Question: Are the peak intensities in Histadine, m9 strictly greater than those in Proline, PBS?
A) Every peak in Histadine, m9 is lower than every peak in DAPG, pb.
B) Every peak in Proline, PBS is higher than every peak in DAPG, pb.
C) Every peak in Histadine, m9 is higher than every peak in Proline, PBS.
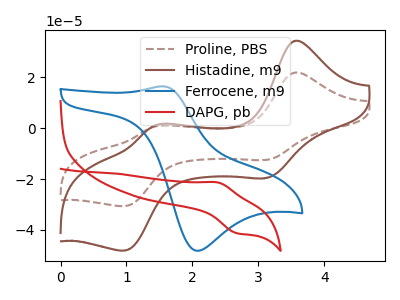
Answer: <think>The brown dashed curve "Proline, PBS" has anodic peaks at (3.55V, 21.80uA) (1.45V, 0.75uA) and cathodic peaks at (3.15V, -12.45uA) (1.00V, -30.60uA). The brown curve "Histadine, m9" has anodic peaks at (3.55V, 34.30uA) (1.45V, 1.15uA) and cathodic peaks at (3.15V, -19.55uA) (1.00V, -48.05uA). The blue curve "Ferrocene, m9" has an anodic peak at (1.55V, 16.45uA) and a cathodic peak at (2.05V, -48.15uA). The red curve "DAPG, pb" has an anodic peak at (2.40V, -21.30uA) and a cathodic peak at (2.65V, -41.25uA).</think>
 <answer>C) Every peak in "Histadine, m9" is higher than every peak in "Proline, PBS".</answer>
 <eval>C</eval>